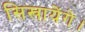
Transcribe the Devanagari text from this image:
सिखायेंगे।